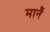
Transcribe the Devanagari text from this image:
मानैं